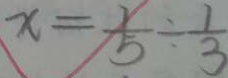
x = \frac { 1 } { 5 } \div \frac { 1 } { 3 }